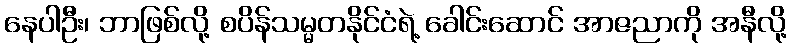
နေပါဦး၊ ဘာဖြစ်လို့ စပိန်သမ္မတနိုင်ငံရဲ့ ခေါင်းဆောင် အာဇညာကို အနီလို့